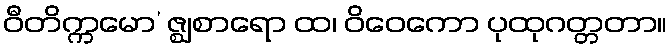
ဝီတိက္ကမော’ ဇ္ဈစာရော ထ၊ ဝိဝေကော ပုထုဂတ္တတာ။